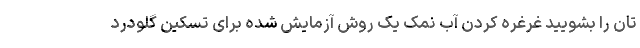
تان را بشویید غرغره کردن آب نمک یک روش آزمایش شده برای تسکین گلودرد